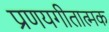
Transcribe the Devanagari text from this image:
प्रणयगीतात्मक